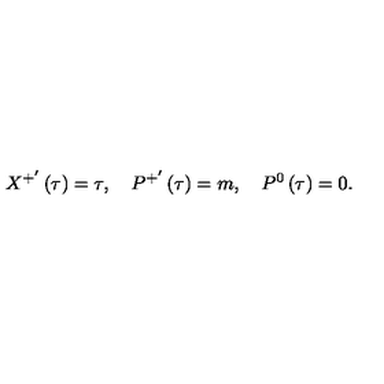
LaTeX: X ^ { + ^ { \prime } } \left( \tau \right) = \tau , \quad P ^ { + ^ { \prime } } \left( \tau \right) = m , \quad P ^ { 0 } \left( \tau \right) = 0 .